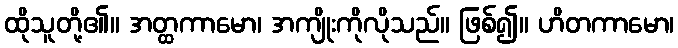
ထိုသူတို့၏။ အတ္ထကာမော၊ အကျိုးကိုလိုသည်။ ဖြစ်၍။ ဟိတကာမော၊